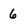
Character: 6